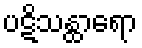
ပဋိသန္ထာရော